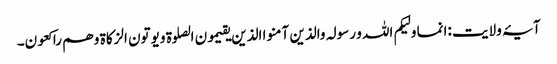
آیۂ ولایت :انما ولیکم اللہ و رسولہ والذین آمنو ا الذین یقیمون الصلوة و یوتون الزکاة و ھم راکعون۔